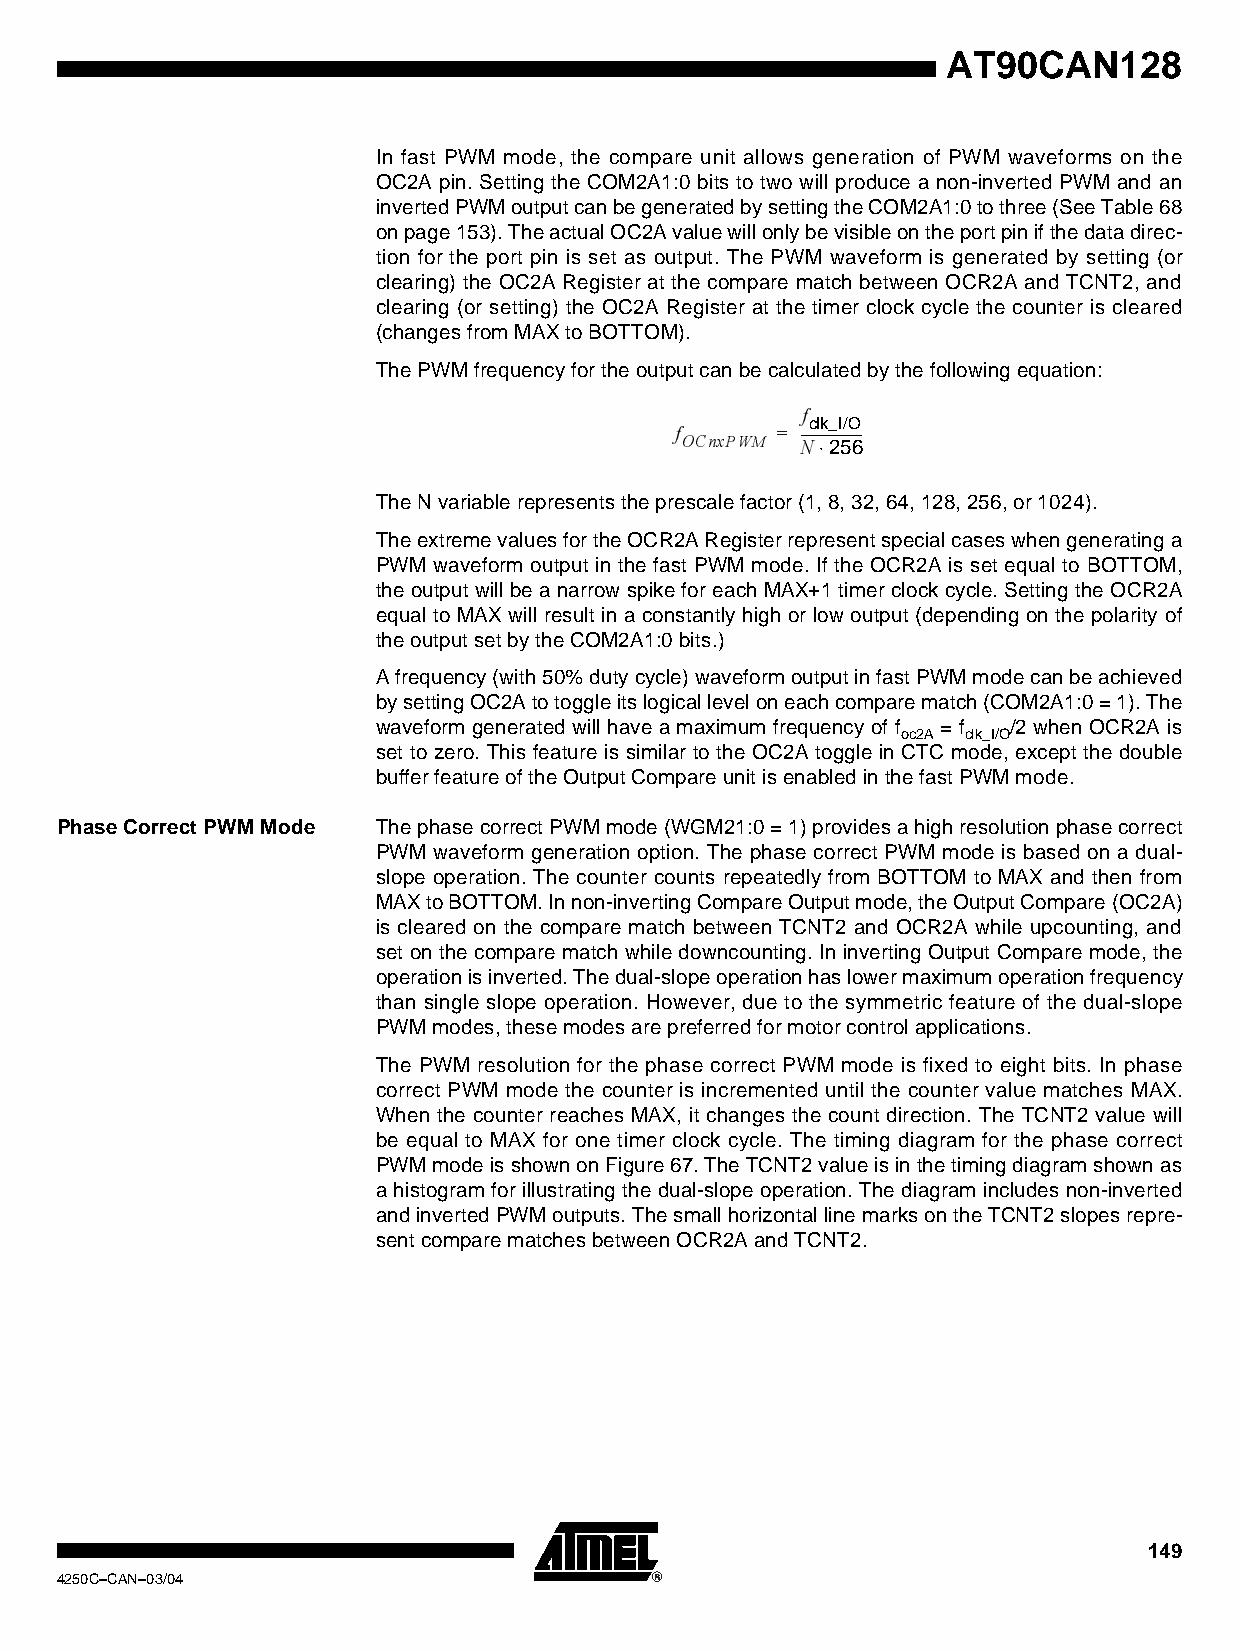
AT90CAN128
 In fast PWM mode, the compare unit allows generation of PWM waveforms on the
 OC2A pin. Setting the COM2A1:0 bits to two will produce a non-inverted PWM and an
 inverted PWM output can be generated by setting the COM2A1:0 to three (See Table 68
 on page 153). The actual OC2A value will only be visible on the port pin if the data direc-
 tion for the port pin is set as output. The PWM waveform is generated by setting (or
 clearing) the OC2A Register at the compare match between OCR2A and TCNT2, and
 clearing (or setting) the OC2A Register at the timer clock cycle the counter is cleared
 (changes from MAX to BOTTOM).
 The PWM frequency for the output can be calculated by the following equation:
 f
 f     = ------------------
 OCnxPWM Nclk_I/O
 ⋅256
 The N variable represents the prescale factor (1, 8, 32, 64, 128, 256, or 1024).
 The extreme values for the OCR2A Register represent special cases when generating a
 PWM waveform output in the fast PWM mode. If the OCR2A is set equal to BOTTOM,
 the output will be a narrow spike for each MAX+1 timer clock cycle. Setting the OCR2A
 equal to MAX will result in a constantly high or low output (depending on the polarity of
 the output set by the COM2A1:0 bits.)
 A frequency (with 50% duty cycle) waveform output in fast PWM mode can be achieved
 by setting OC2A to toggle its logical level on each compare match (COM2A1:0 = 1). The
 waveform generated will have a maximum frequency of f = f /2 when OCR2A is
 oc2A clk_I/O
 set to zero. This feature is similar to the OC2A toggle in CTC mode, except the double
 buffer feature of the Output Compare unit is enabled in the fast PWM mode.
 Phase Correct PWM Mode The phase correct PWM mode (WGM21:0 = 1) provides a high resolution phase correct
 PWM waveform generation option. The phase correct PWM mode is based on a dual-
 slope operation. The counter counts repeatedly from BOTTOM to MAX and then from
 MAX to BOTTOM. In non-inverting Compare Output mode, the Output Compare (OC2A)
 is cleared on the compare match between TCNT2 and OCR2A while upcounting, and
 set on the compare match while downcounting. In inverting Output Compare mode, the
 operation is inverted. The dual-slope operation has lower maximum operation frequency
 than single slope operation. However, due to the symmetric feature of the dual-slope
 PWM modes, these modes are preferred for motor control applications.
 The PWM resolution for the phase correct PWM mode is fixed to eight bits. In phase
 correct PWM mode the counter is incremented until the counter value matches MAX.
 When the counter reaches MAX, it changes the count direction. The TCNT2 value will
 be equal to MAX for one timer clock cycle. The timing diagram for the phase correct
 PWM mode is shown on Figure 67. The TCNT2 value is in the timing diagram shown as
 a histogram for illustrating the dual-slope operation. The diagram includes non-inverted
 and inverted PWM outputs. The small horizontal line marks on the TCNT2 slopes repre-
 sent compare matches between OCR2A and TCNT2.
 149
 4250C–CAN–03/04